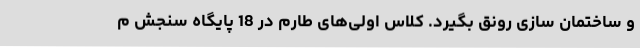
و ساختمان سازی رونق بگیرد. کلاس اولی‌های طارم در 18 پایگاه سنجش م